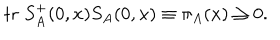
\mathrm { t r } \; S _ { A } ^ { + } ( 0 , x ) S _ { A } ( 0 , x ) \equiv \pi _ { A } ( x ) \geq 0 .